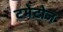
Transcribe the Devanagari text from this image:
टमेटोज